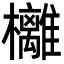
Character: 㰚